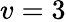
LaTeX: v=3